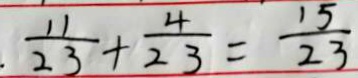
\frac { 1 1 } { 2 3 } + \frac { 4 } { 2 3 } = \frac { 1 5 } { 2 3 }